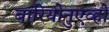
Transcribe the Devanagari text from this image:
बारियोनुएव्हो